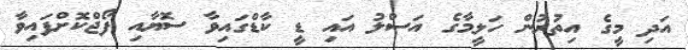
އަދި މީގެ އިތުރުން ހަލީމާގެ އަސްލު އައި ޑީ ކާޑްގައިވާ ސޮޔާއި ފޯޖްކޮށްފައިވާ